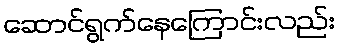
ဆောင်ရွက်နေကြောင်းလည်း